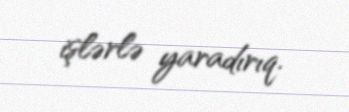
işlərlə yaradırıq.